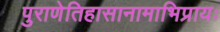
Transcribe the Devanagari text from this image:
पुराणेतिहासानामाभिप्रायः